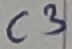
Text: C3